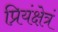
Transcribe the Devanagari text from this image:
प्रियंक्षेत्रं